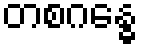
တစဂန္ဓေ